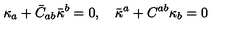
\kappa _ { a } + \bar { C } _ { a b } \bar { \kappa } ^ { b } = 0 , \quad \bar { \kappa } ^ { a } + C ^ { a b } \kappa _ { b } = 0